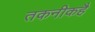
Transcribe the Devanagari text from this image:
तकनीकहै